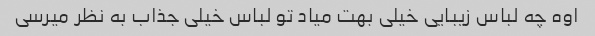
اوه چه لباس زیبایی خیلی بهت میاد تو لباس خیلی جذاب به نظر میرسی